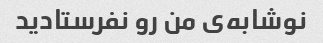
نوشابه‌ی من رو نفرستادید